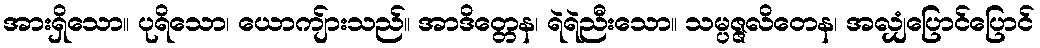
အားရှိသော။ ပုရိသော၊ ယောကျ်ားသည်။ အာဒိတ္တေန၊ ရဲရဲညီးသော။ သမ္ပဇ္ဇလိတေန၊ အလျှံပြောင်ပြောင်